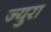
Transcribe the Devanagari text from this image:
ज्युरा